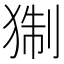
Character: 猘